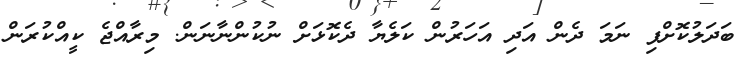
ބަދަލުކޮށްފި ނަމަ ދެން އަދި އަހަރުން ކަލެޔާ ދެކޮޅަށް ނުކުންނާނަން. މިރާއްޖެ ކީއްކުރަން